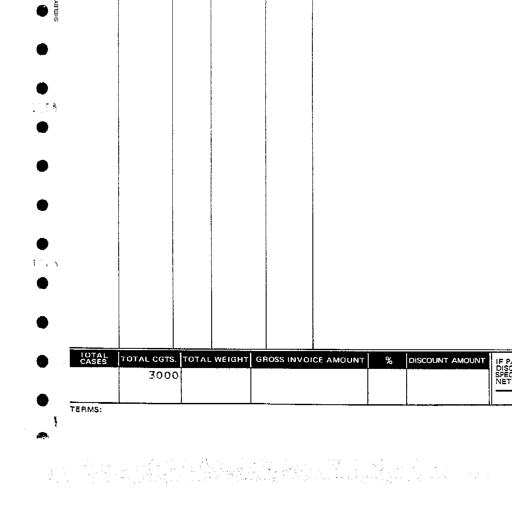
TOTAL CASES TOTAL CGTS. TOTAL WEIGHT GROSS INVOICE AMOUNT % DISCOUNT AMOUNT 3000 TERMS: